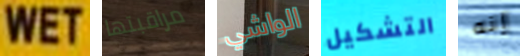
WET مراقبتها الواشي التشكيل إنه